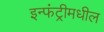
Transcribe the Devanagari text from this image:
इन्फंट्रीमधील